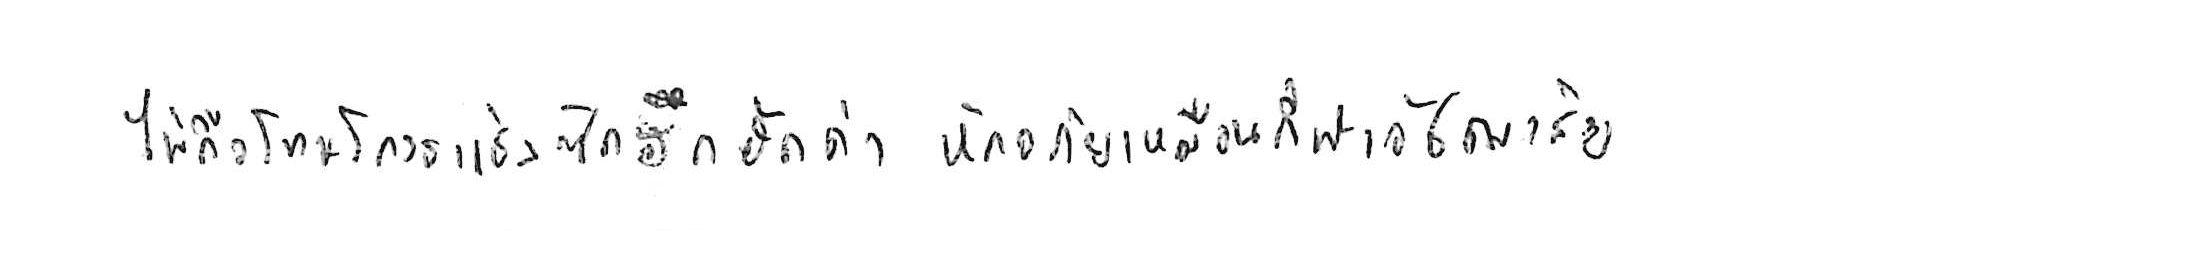
ไม่ถือโทษโกรธแช่งซัดฮึดฮัดด่า หัดอภัยเหมือนกีฬาอัชฌาสัย